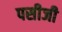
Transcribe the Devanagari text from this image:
पसीजी